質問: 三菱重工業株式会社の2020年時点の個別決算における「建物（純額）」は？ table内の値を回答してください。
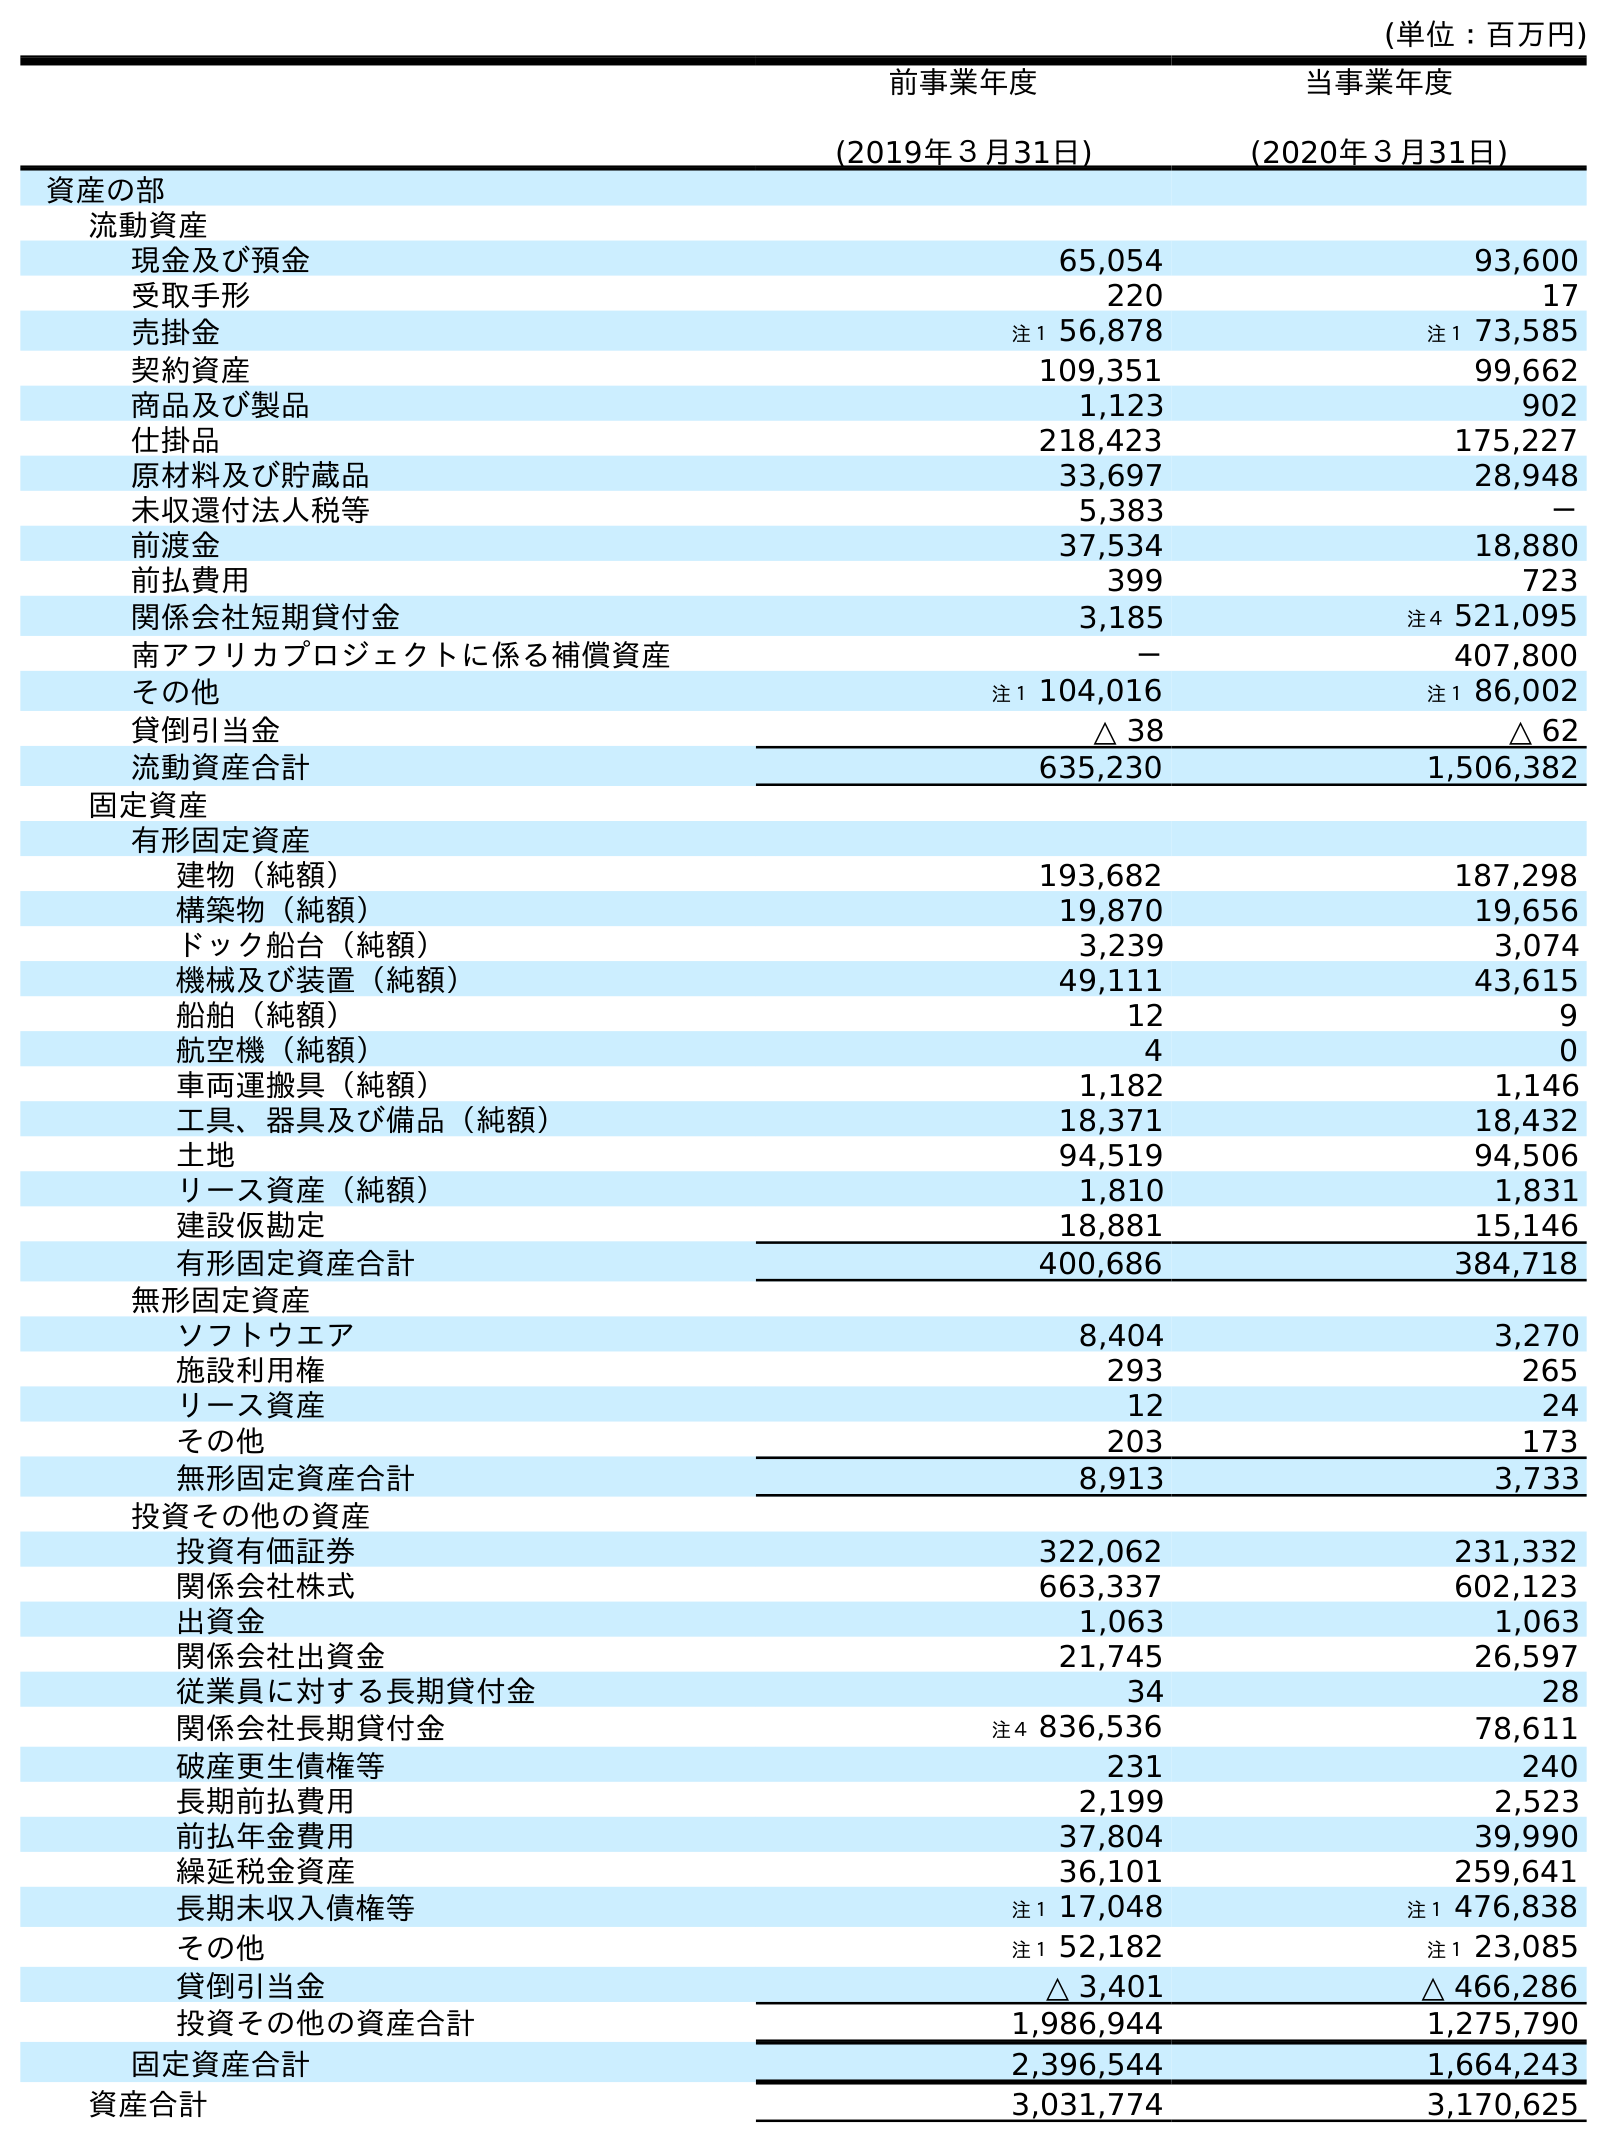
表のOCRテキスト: (単位：百万円) 前事業年度 (2019年３月31日) 当事業年度 (2020年３月31日) 資産の部 流動資産 現金及び預金 65,054 93,600 受取手形 220 17 売掛金 注１ 56,878 注１ 73,585 契約資産 109,351 99,662 商品及び製品 1,123 902 仕掛品 218,423 175,227 原材料及び貯蔵品 33,697 28,948 未収還付法人税等 5,383 － 前渡金 37,534 18,880 前払費用 399 723 関係会社短期貸付金 3,185 注４ 521,095 南アフリカプロジェクトに係る補償資産 － 407,800 その他 注１ 104,016 注１ 86,002 貸倒引当金 △ 38 △ 62 流動資産合計 635,230 1,506,382 固定資産 有形固定資産 建物（純額） 193,682 187,298 構築物（純額） 19,870 19,656 ドック船台（純額） 3,239 3,074 機械及び装置（純額） 49,111 43,615 船舶（純額） 12 9 航空機（純額） 4 0 車両運搬具（純額） 1,182 1,146 工具、器具及び備品（純額） 18,371 18,432 土地 94,519 94,506 リース資産（純額） 1,810 1,831 建設仮勘定 18,881 15,146 有形固定資産合計 400,686 384,718 無形固定資産 ソフトウエア 8,404 3,270 施設利用権 293 265 リース資産 12 24 その他 203 173 無形固定資産合計 8,913 3,733 投資その他の資産 投資有価証券 322,062 231,332 関係会社株式 663,337 602,123 出資金 1,063 1,063 関係会社出資金 21,745 26,597 従業員に対する長期貸付金 34 28 関係会社長期貸付金 注４ 836,536 78,611 破産更生債権等 231 240 長期前払費用 2,199 2,523 前払年金費用 37,804 39,990 繰延税金資産 36,101 259,641 長期未収入債権等 注１ 17,048 注１ 476,838 その他 注１ 52,182 注１ 23,085 貸倒引当金 △ 3,401 △ 466,286 投資その他の資産合計 1,986,944 1,275,790 固定資産合計 2,396,544 1,664,243 資産合計 3,031,774 3,170,625
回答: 187,298